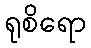
ရုစိရော